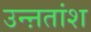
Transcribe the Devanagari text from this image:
उन्ऩतांश